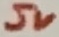
Text: 5V